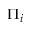
\Pi _ { i }